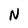
Character: N